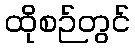
ထိုစဉ်တွင်